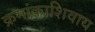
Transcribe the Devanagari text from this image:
क्रमांकाशिवाय